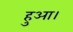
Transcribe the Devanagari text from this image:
हुअा।